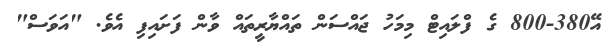
އޭ380-800 ގެ ފްލައިޓް މިމަހު ޖައްސަން ތައްޔާރީތައް ވާން ފަށައިިފި އެވެ. "އަވަސް"